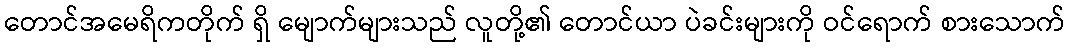
တောင်အမေရိကတိုက် ရှိ မျောက်များသည် လူတို့၏ တောင်ယာ ပဲခင်းများကို ဝင်ရောက် စားသောက်